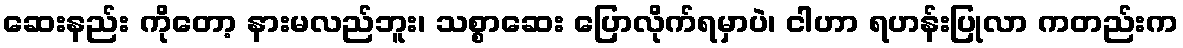
ဆေးနည်း ကိုတော့ နားမလည်ဘူး၊ သစ္စာဆေး ပြောလိုက်ရမှာပဲ၊ ငါဟာ ရဟန်းပြုလာ ကတည်းက